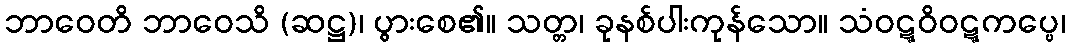
ဘာဝေတိ ဘာဝေသိ (ဆဋ္ဌ)၊ ပွားစေ၏။ သတ္တ၊ ခုနစ်ပါးကုန်သော။ သံဝဋ္ဋဝိဝဋ္ဋကပ္ပေ၊